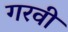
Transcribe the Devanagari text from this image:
गरवी